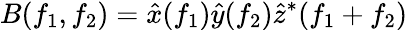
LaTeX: B(f_{1},f_{2})=\hat{x}(f_{1})\hat{y}(f_{2})\hat{z}^{*}(f_{1}+f_{2})